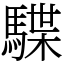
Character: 䮜